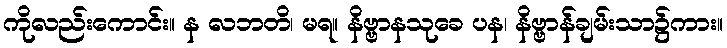
ကိုလည်းကောင်း။ န လဘတိ၊ မရ။ နိဗ္ဗာနသုခေ ပန၊ နိဗ္ဗာန်ချမ်းသာ၌ကား။